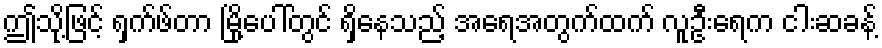
ဤသို့ဖြင့် ရှက်ဖ်တာ မြို့ပေါ်တွင် ရှိနေသည့် အရေအတွက်ထက် လူဦးရေက ငါးဆခန့်